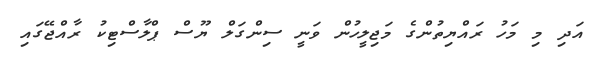
އަދި މި މަހު ރައްޔިތުންގެ މަޖިލީހުން ވަނީ ސިންގަލް ޔޫސް ޕްލާސްޓިކު ރާއްޖޭގައި